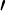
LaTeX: \scriptstyle\prime